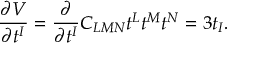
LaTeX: \frac { \partial V } { \partial t ^ { I } } = \frac { \partial } { \partial t ^ { I } } C _ { L M N } t ^ { L } t ^ { M } t ^ { N } = 3 t _ { I } .